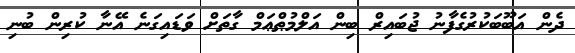
ދެން އަބޫބަކުރުގެފާނު ޖުބައިރް ބިން އަލްމުޠްޢަމް ގާތަށް ވަޑައިގަނެ އޭނާ ކުރިން ބުނި